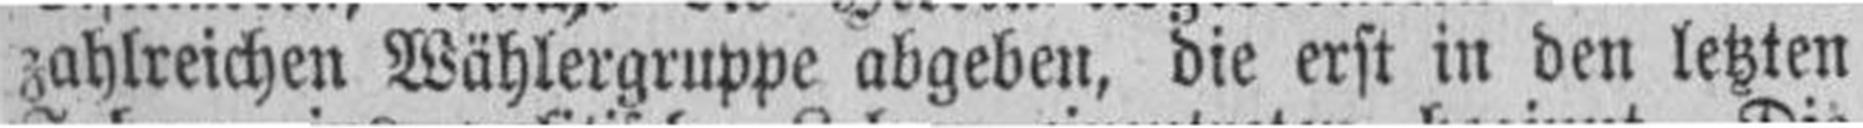
zahlreichen Wählergruppe abgeben, die erst in den letzten